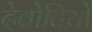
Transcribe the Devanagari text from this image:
देवोटियो